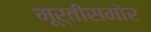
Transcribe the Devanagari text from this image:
मूर्तींसमोर